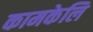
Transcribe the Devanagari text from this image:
कामकेलि